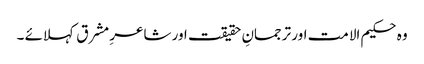
وہ حکیم الا مت اور ترجمانِ حقیقت اور شاعرِ مشرق کہلائے ۔